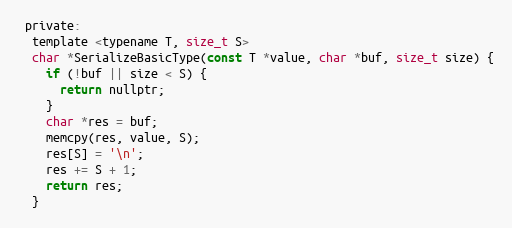
Language: C
 private:
  template <typename T, size_t S>
  char *SerializeBasicType(const T *value, char *buf, size_t size) {
    if (!buf || size < S) {
      return nullptr;
    }
    char *res = buf;
    memcpy(res, value, S);
    res[S] = '\n';
    res += S + 1;
    return res;
  }